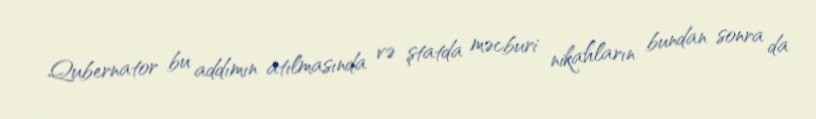
Qubernator bu addımın atılmasında və ştatda məcburi nikahların bundan sonra da